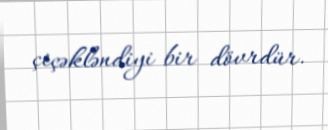
çiçəkləndiyi bir dövrdür.